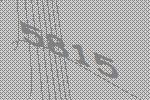
5815